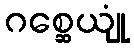
ဂစ္ဆေယျုံ